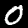
Label: 0